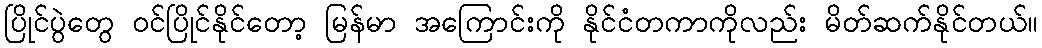
ပြိုင်ပွဲတွေ ဝင်ပြိုင်နိုင်တော့ မြန်မာ အကြောင်းကို နိုင်ငံတကာကိုလည်း မိတ်ဆက်နိုင်တယ်။